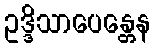
ဥဒ္ဒိသာပေန္တေန